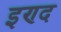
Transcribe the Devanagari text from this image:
इण्द